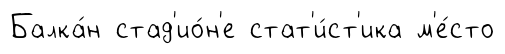
Балка́н стад'ио́н'е стат'и́ст'ика м'е́сто